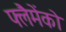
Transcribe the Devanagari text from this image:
फ्लैमेंको